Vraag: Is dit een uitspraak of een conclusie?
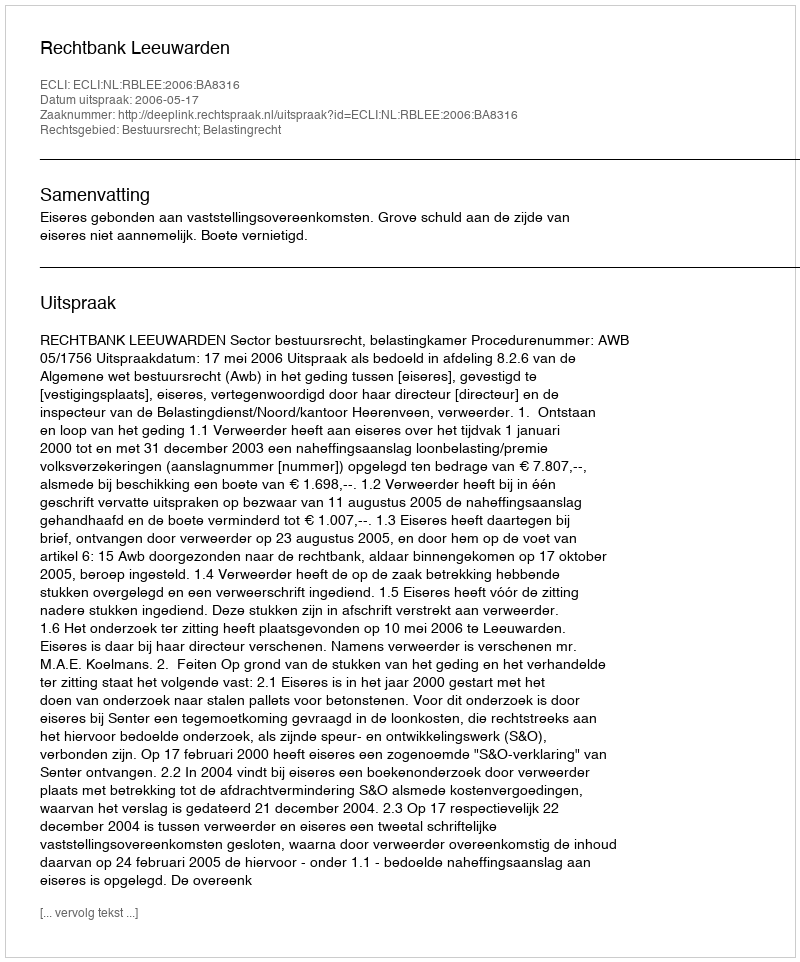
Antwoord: Uitspraak